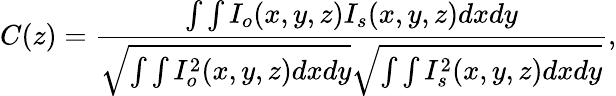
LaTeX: C(z)=\frac{\int\int I_{o}(x,y,z)I_{s}(x,y,z)dxdy}{\sqrt{\int\int I_{o}^{2}(x,y,z)dxdy}\sqrt{\int\int I_{s}^{2}(x,y,z)dxdy}},